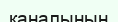
каналының